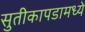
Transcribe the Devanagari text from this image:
सुतीकापडामध्ये